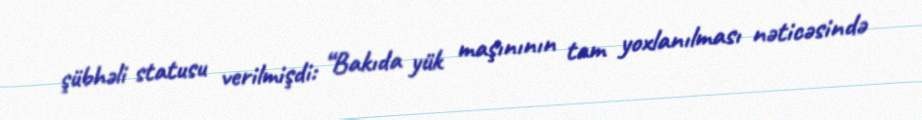
şübhəli statusu verilmişdi: “Bakıda yük maşınının tam yoxlanılması nəticəsində